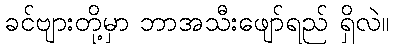
ခင်ဗျားတို့မှာ ဘာအသီးဖျော်ရည် ရှိလဲ။